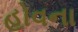
હોવના